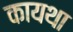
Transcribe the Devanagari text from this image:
कायथा